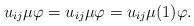
LaTeX: \begin{align*}u_{ij}\mu\varphi = u_{ij}\mu\varphi = u_{ij}\mu(1)\varphi.\end{align*}